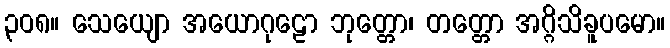
၃၀၈။ သေယျော အယောဂုဠော ဘုတ္တော၊ တတ္တော အဂ္ဂိသိခူပမော။